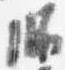
師